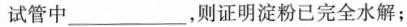
试管中___，则证明淀粉已完全水解；